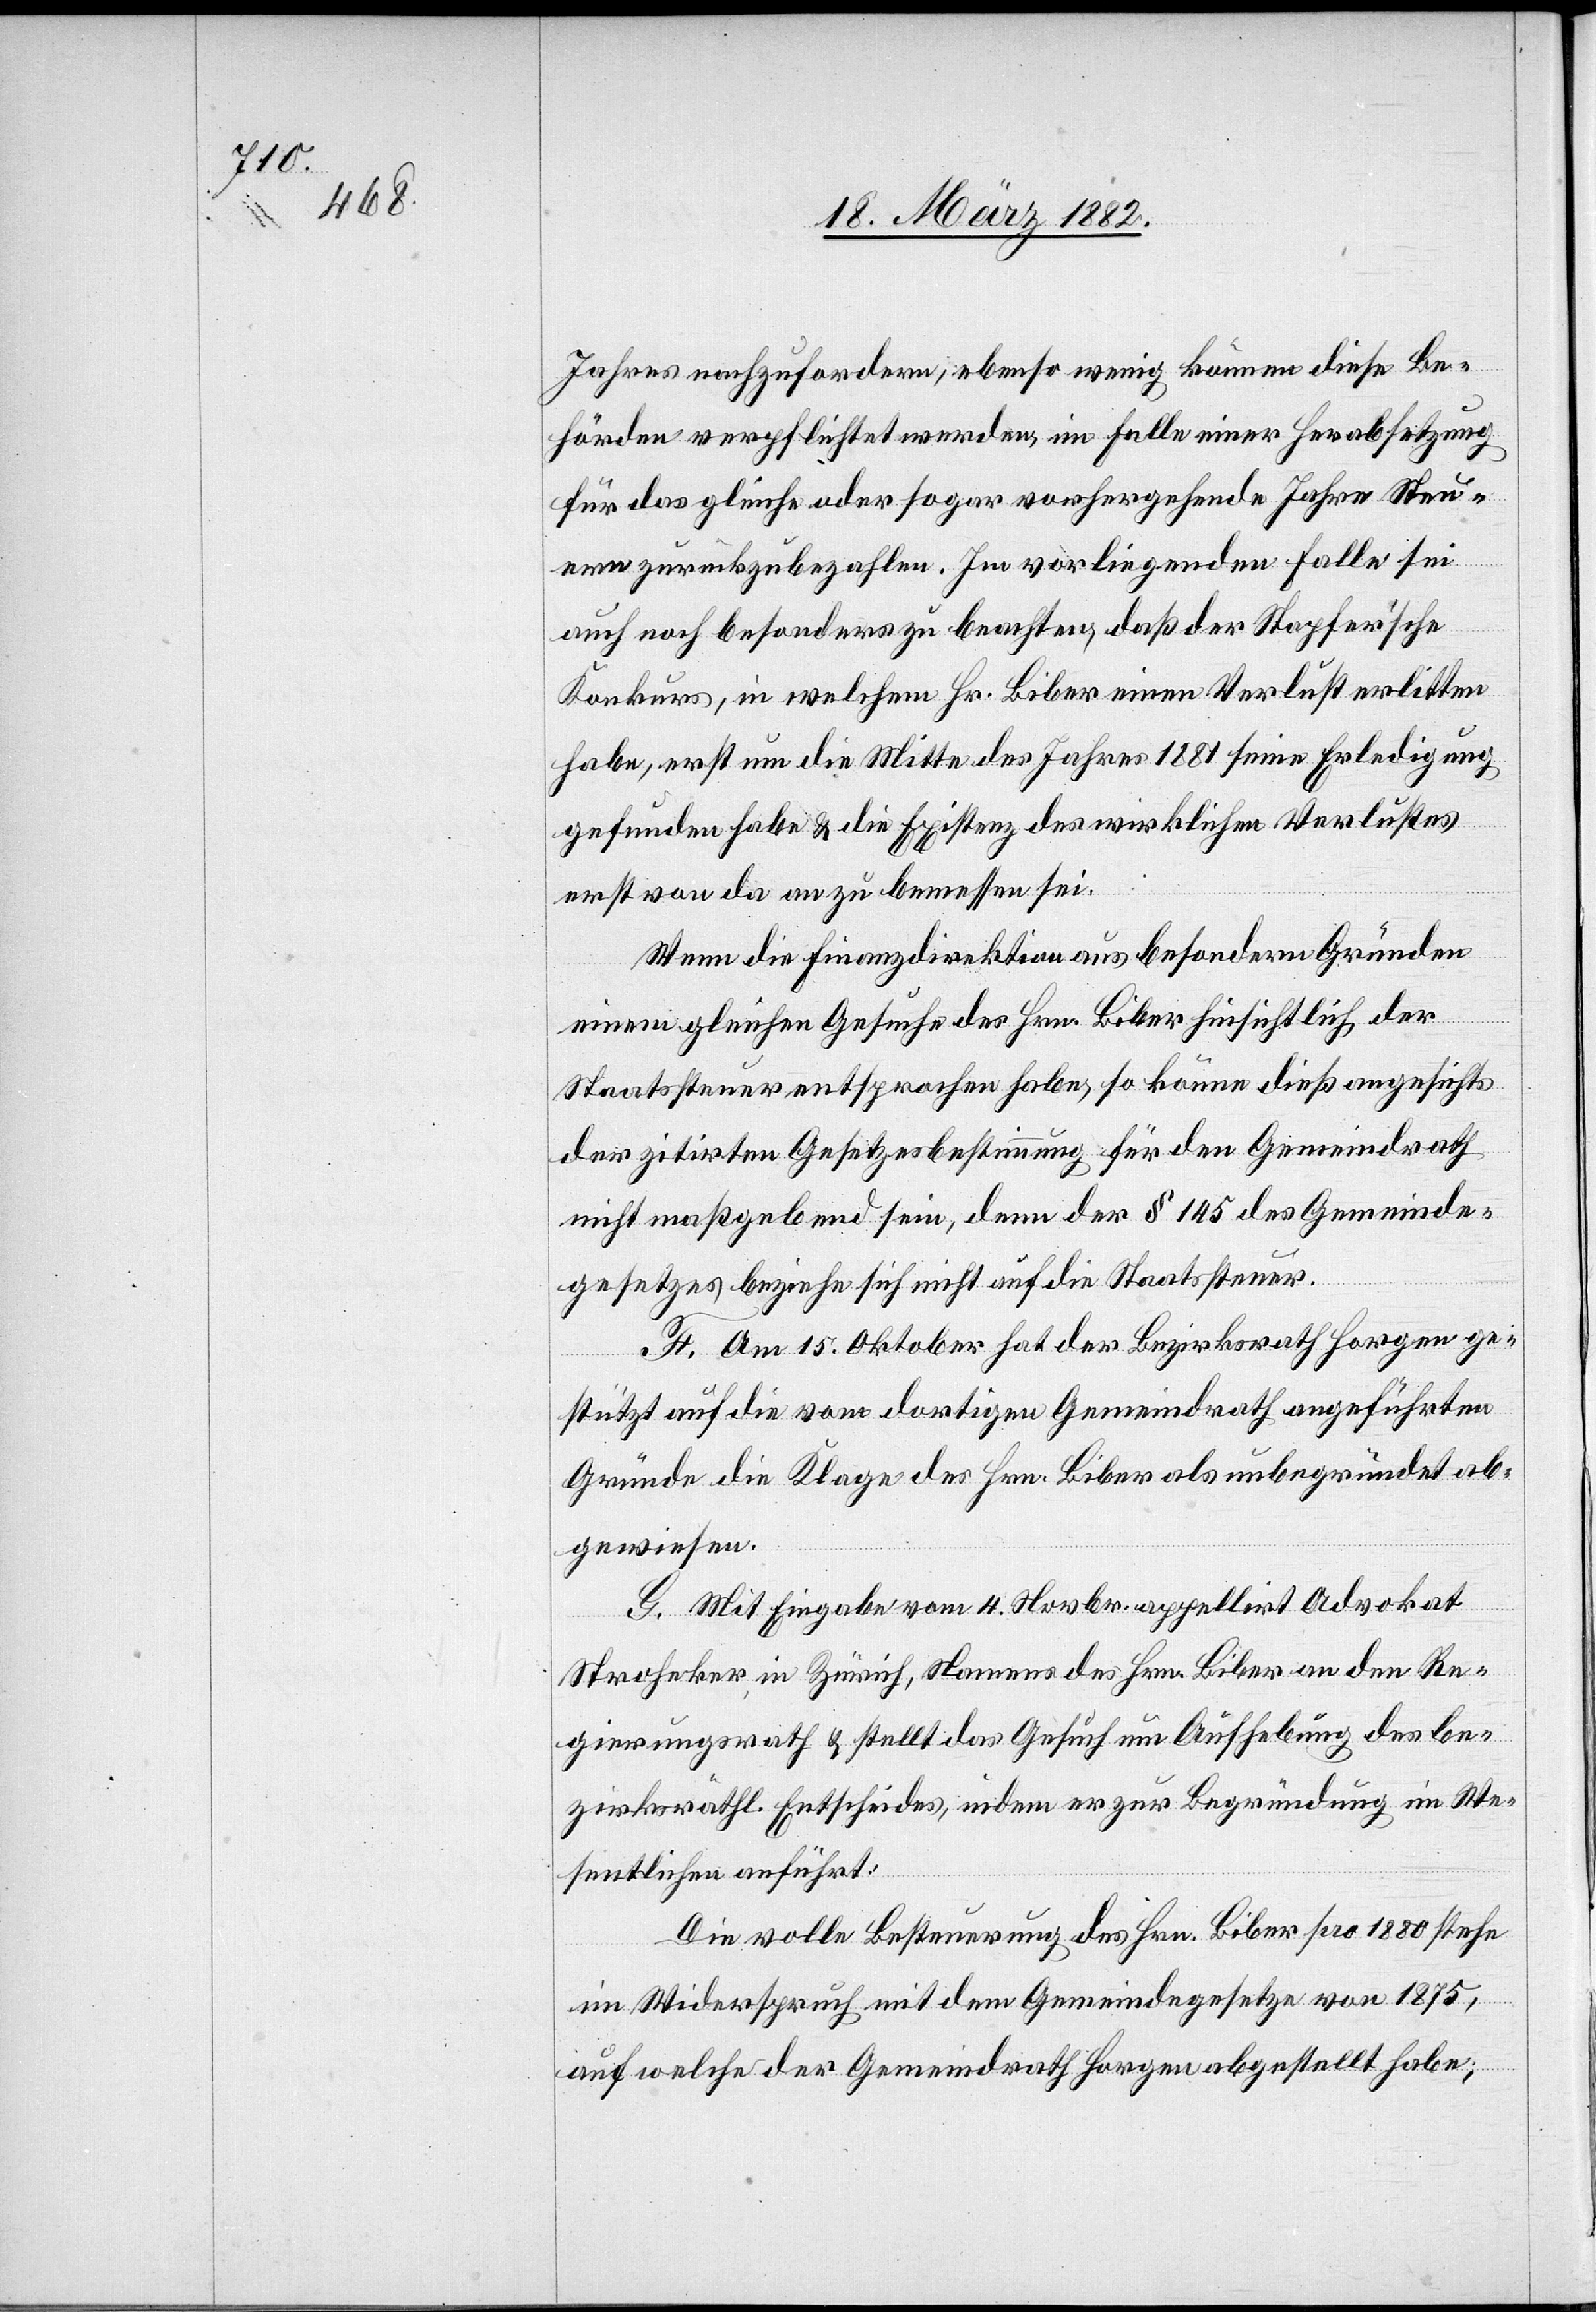
Jahres nachzufordern; ebenso wenig können diese Be¬
hörden verpflichtet werden, im Falle einer Herabsetzung
für das gleiche oder sogar vorhergehende Jahre Steu¬
ern zurückzubezahlen. Im vorliegenden Falle sei
auch noch besonders zu beachten, daß der Stapfer’sche
Konkurs, in welchem Hr. Biber einen Verlust erlitten
habe, erst um die Mitte des Jahres 1881 seine Erledigung
gefunden habe & die Existenz des wirklichen Verlustes
erst von da an zu bemessen sei.
Wenn die Finanzdirektion aus besondern Gründen
einem gleichen Gesuche des Hrn. Biber hinsichtlich der
Staatssteuer entsprochen habe, so könne dieß angesichts
der zitirten Gesetzesbestimmung für den Gemeindrath
nicht maßgebend sein, denn der § 145 des Gemeinde¬
gesetzes beziehe sich nicht auf die Staatssteuer.
F. Am 15. Oktober hat der Bezirksrath Horgen ge¬
stützt auf die vom dortigen Gemeindrath angeführten
Gründe die Klage des Hrn. Biber als unbegründet ab¬
gewiesen.
G. Mit Eingabe vom 4. Novbr. appellirt Advokat
Stroheker in Zürich, Namens des Hrn. Biber an den Re¬
gierungsrath & stellt das Gesuch um Aufhebung des be¬
zirksräthl. Entscheides, indem er zur Begründung im We¬
sentlichen anführt:
Die volle Besteuerung des Hrn. Biber pro 1880 stehe
im Widerspruch mit dem Gemeindegesetze von 1875,
auf welchem der Gemeindrath Horgen abgestellt habe;